Trukikaitis_Postimees, lk 55
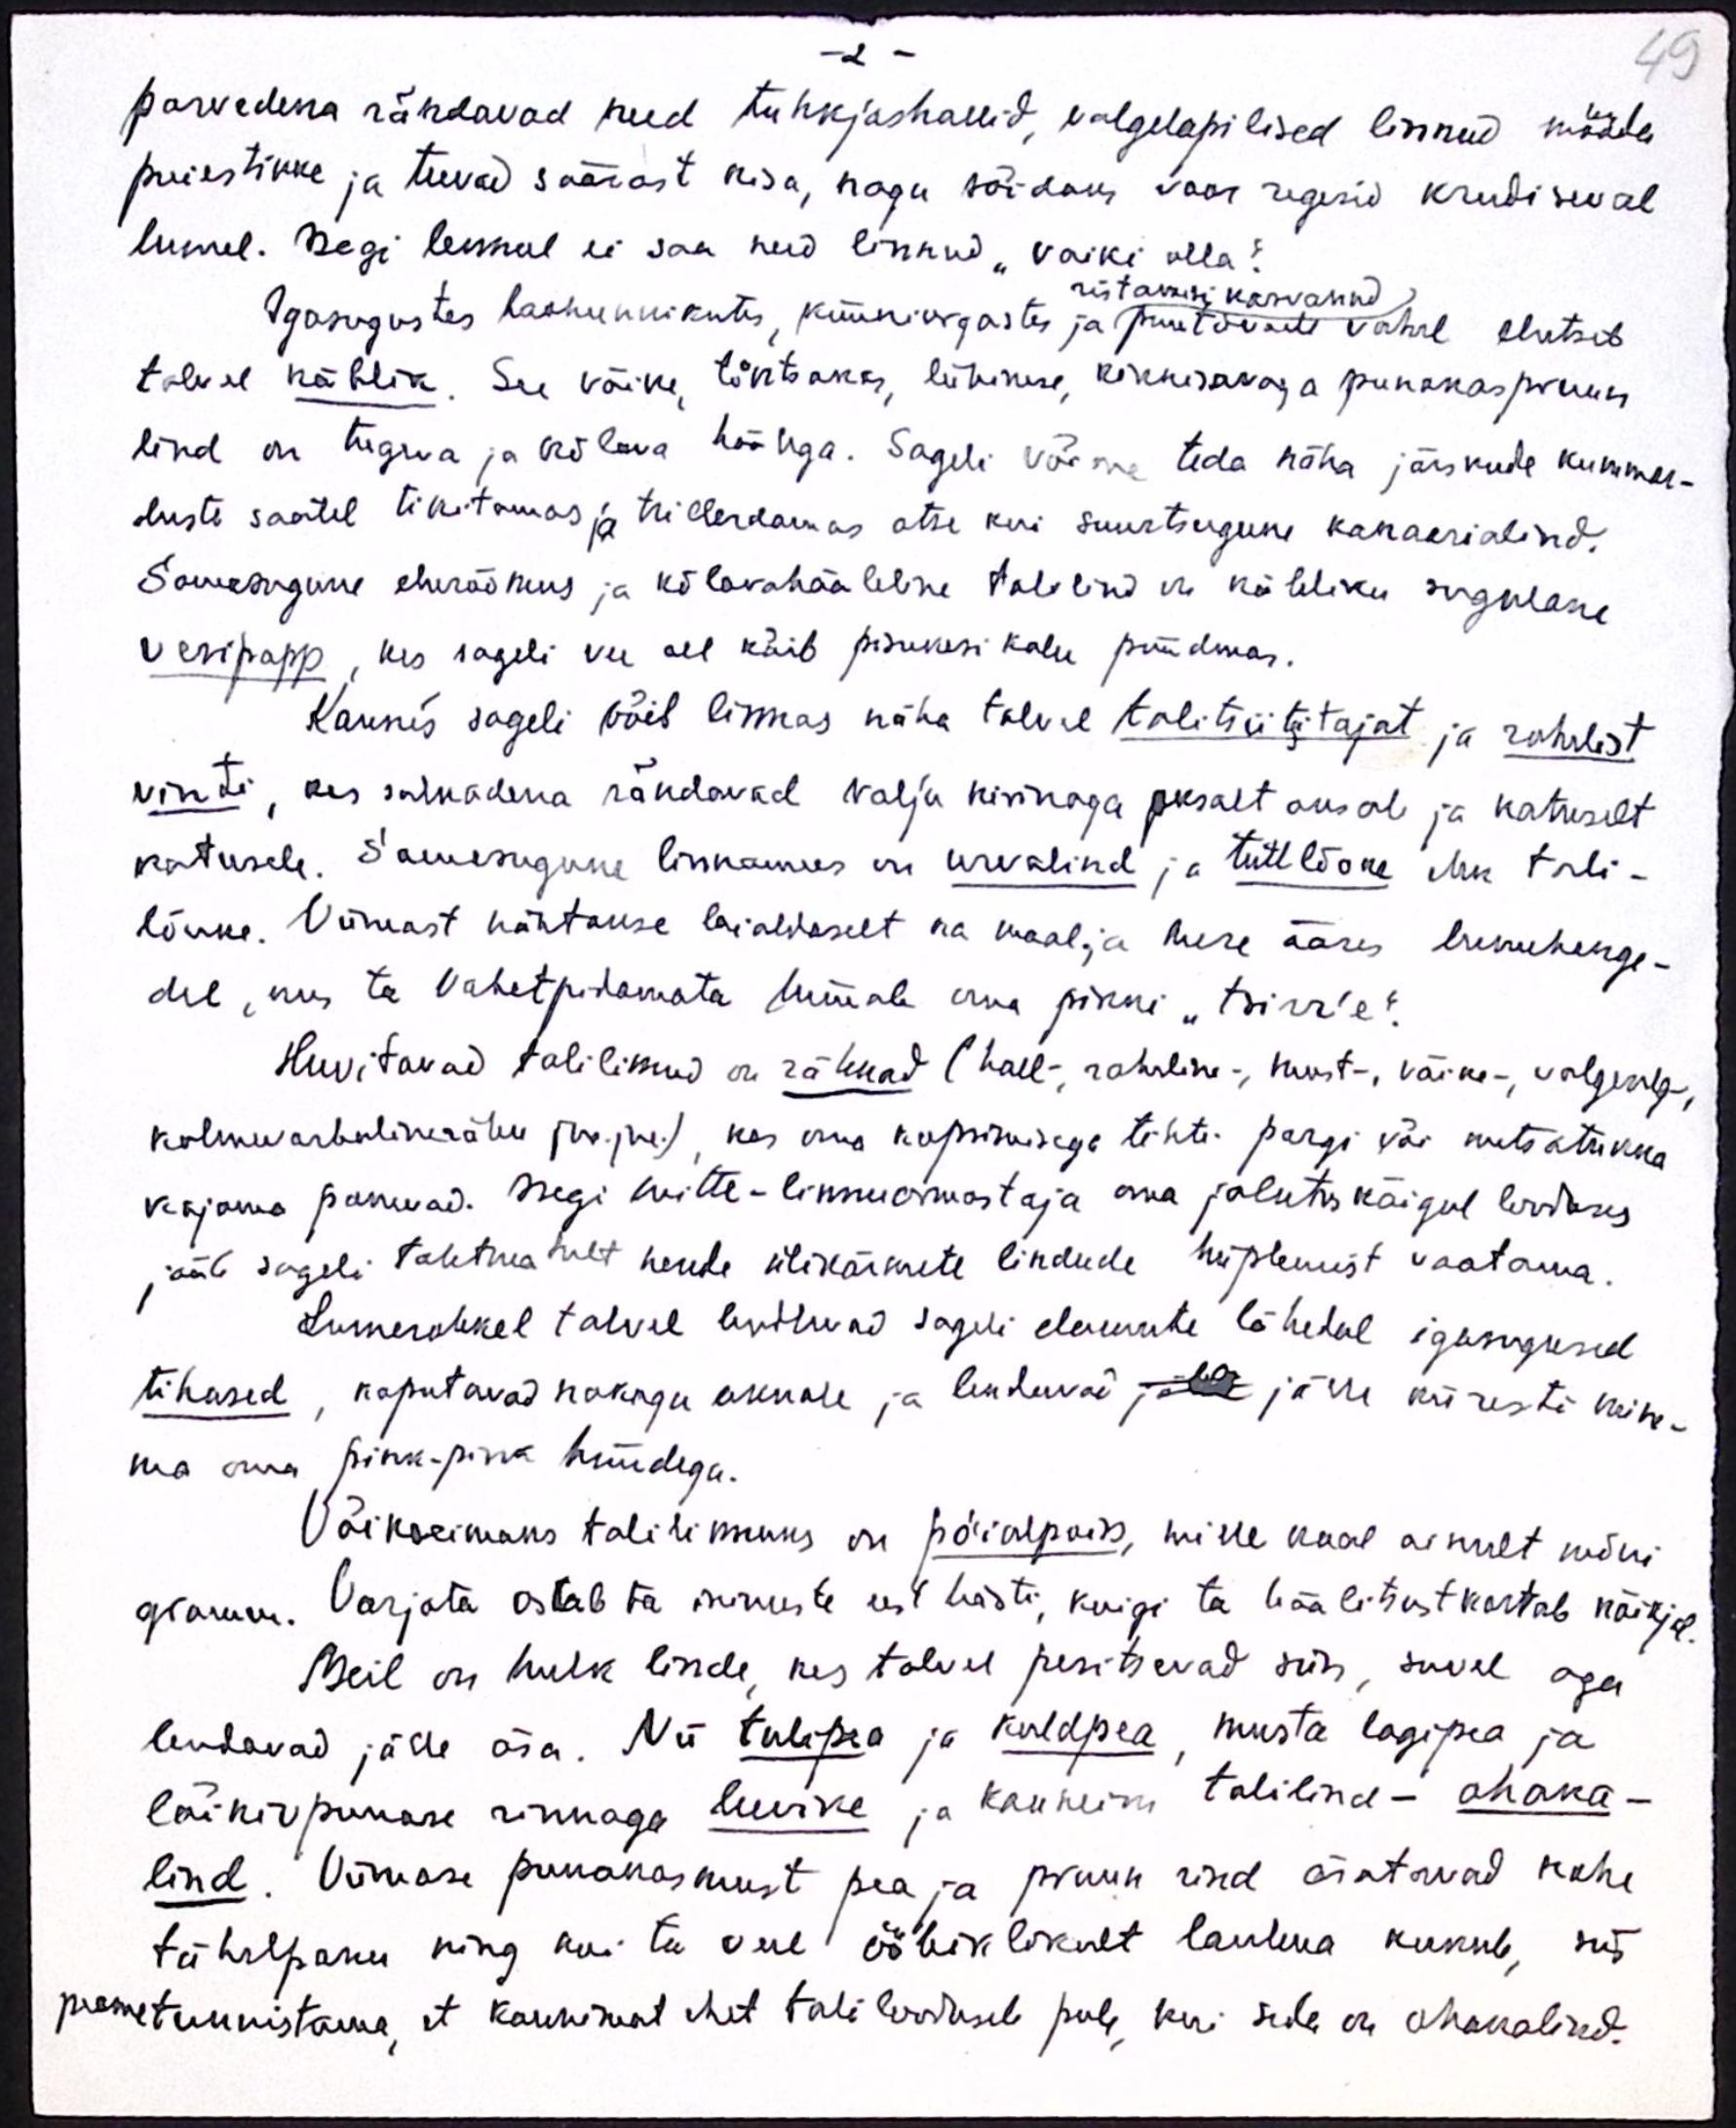
2
49
parvedena rändavad need tuhkjashallid, valgelapilised linnud mööda
puiestikke ja teevad säärast kisa, nagu sõidaks voor regesid krudiseval
lumel. Isegi lennul ei saa need linnud "vaiki" olla?
Igasugustes haohunnikutes, küüniurgastes ja puutüvede vahal elutseb
ristamisi kasvanud.
talvel käblik. See väike töntsaks, lühikese kinnisavaja punakaspruun
lind on tugeva ja kõlava häälega. Sagedi võime teda näha järskude kummer-
duste saatel tikitamas ja trillerdamas otse kui suurtsugune kanaarialind.
Samesugune elurõõmus ja kõlavahääleline talvelind on käblliku sugalane
vesipapp, kes sageli vee all käib pisikesi kalu püüdmas.
Kaunis sageli võib linnas näha talval talitsiitiitajat ja rohelist
vinti, kes salkadena rändavad valju kirinaga oksalt oksale ja katuselt
katusele. Samasugune linnamees on urvalind ja tuttlõoke ehk tali-
lõoke. Viimast nähtakse laialdaselt ka maal ja mere ääres lumehange-
del, mis ta vahetpidamata hüüb oma pikki "tsirr'e
Huvitavad talilinnud on rähnad (hall-, roheline-, must-, väike -, valgeselg,
kolmevarbaline rähn jne. jne), kes oma kopsimisega tihti pargi või metsatukka
kajama panevad. Isegi mitte-linnuarmastaja oma jalutuskäigul looduses
jääb sageli tahtmatult nende ülikärmete lindude hüplemist vaatama.
Lumerohkel talval lendavad sageli elamute lähedal igasugused
tihased, koputavad nokaga aknale ja lenduvad jälle jälle kiiresti mine-
ma oma pink-pink hüüdega.
Võikseimaks talilinnuks on põialpoiss, mille kaal ainult mõni
gramm. Varjata ostab ta inimeste eest hästi, kuigi ta häälitust kostab kõikjal
Meil on hulk linde, kes talvel pesitsevad siin, suvel aga
lendavad jälle ära. Nii tulipea ja kuldpea, musta lagipea ja
läikivpunase rinnaga leevike ja kauneim talilind - ohaka-
lind. Viimase punaksmust pea ja pruun rind äratavad kohe
tähelpanu ning kui ta veel ööbiklikult laulma kukub, siis
peame tunnistama, et kaunimat ehet taliloodusel pole kui seda on ohakalind.